Vaccination North-Western Provinces and Oudh 1878-1895 - 1878-1895
Year: 1878
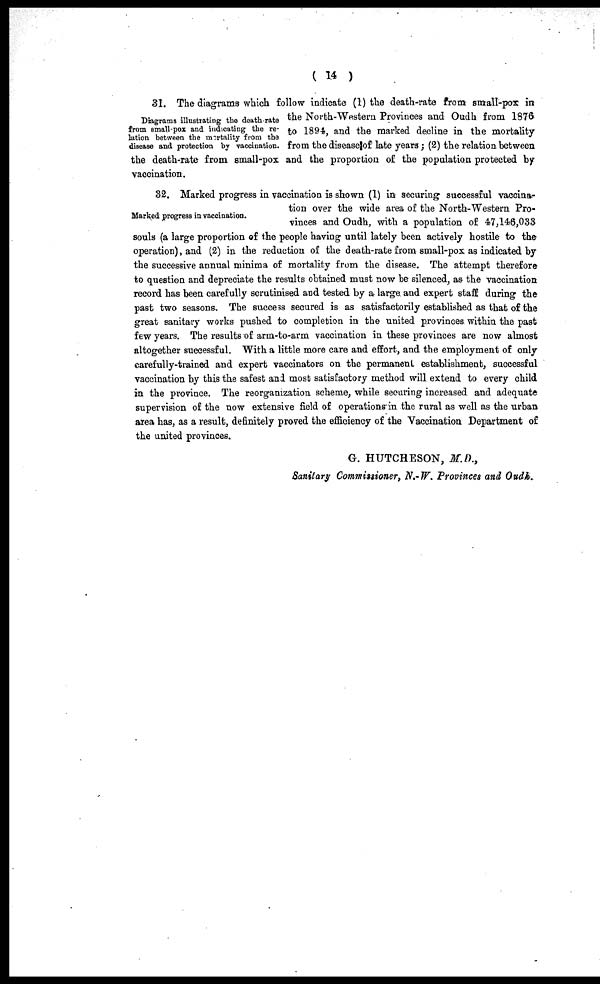
( 14 )
Diagrams illustrating the death rate
from smallpox and indicating the re-
lation between the mortality from the
disease and protection by vaccination.
31. The diagrams which follow indicate (1) the death-rate from small-pox in
the North-Western Provinces and Oudh from 1876
to 1894, and the marked decline in the mortality
from the disease of late years; (2) the relation between
the death-rate from small-pox and the proportion of the population protected by
vaccination.
Marked progress in vaccination.
32. Marked progress in vaccination is shown (1) in securing successful vaccina-
tion over the wide area of the North-Western Pro-
vinces and Oudh, with a population of 47,146,033
souls (a large proportion of the people having until lately been actively hostile to the
operation), and (2) in the reduction of the death-rate from small-pox as indicated by
the successive annual minima of mortality from the disease. The attempt therefore
to question and depreciate the results obtained must now be silenced, as the vaccination
record has been carefully scrutinised and tested by a large and expert staff during the
past two seasons. The success secured is as satisfactorily established as that of the
great sanitary works pushed to completion in the united provinces within the past
few years. The results of arm-to-arm vaccination in these provinces are now almost
altogether successful. With a little more care and effort, and the employment of only
carefully-trained and expert vaccinators on the permanent establishment, successful
vaccination by this the safest and most satisfactory method will extend to every child
in the province. The reorganization scheme, while securing increased and adequate
supervision of the now extensive field of operations in the rural as well as the urban
area has, as a result, definitely proved the efficiency of the Vaccination Department of
the united provinces.
G. HUTCHESON, M.D.,
Sanitary Commissioner, N.-W. Provinces and Oudh.